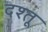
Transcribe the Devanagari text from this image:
दश्तू